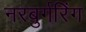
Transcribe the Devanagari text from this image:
नरबुर्गरिंग